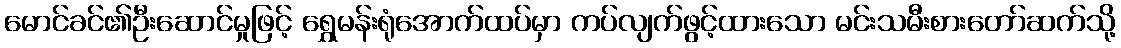
မောင်ခင်၏ဦးဆောင်မှုဖြင့် ရွှေမန်းရုံအောက်ထပ်မှာ ကပ်လျက်ဖွင့်ထားသော မင်းသမီးစားတော်ဆက်သို့